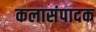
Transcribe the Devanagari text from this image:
कलासंपादक